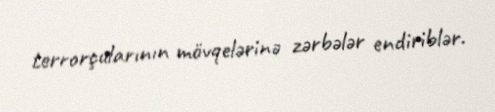
terrorçularının mövqelərinə zərbələr endiriblər.